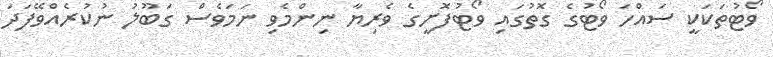
ވޯޓުތަކަކީ ސައްހަ ވޯޓުގެ ގޮތުގައި ވޯޓުފޮށީގެ ވެރިޔާ ނިންމެވި ނަމަވެސް ގަބޫލު ނުކުރެއްވޭފަދަ